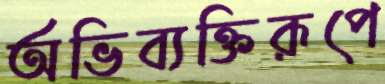
অভিব্যক্তিরূপে